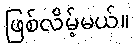
ဖြစ်လိမ့်မယ်။